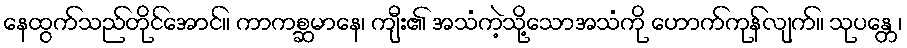
နေထွက်သည်တိုင်အောင်။ ကာကစ္ဆမာနေ၊ ကျီး၏ အသံကဲ့သို့သောအသံကို ဟောက်ကုန်လျက်။ သုပန္တေ၊